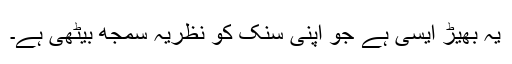
یہ بھیڑ ایسی ہے جو اپنی سنک کو نظریہ سمجھ بیٹھی ہے۔